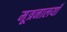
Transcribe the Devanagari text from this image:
मूत्रनालयाँ